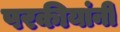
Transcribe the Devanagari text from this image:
परकीयांनी